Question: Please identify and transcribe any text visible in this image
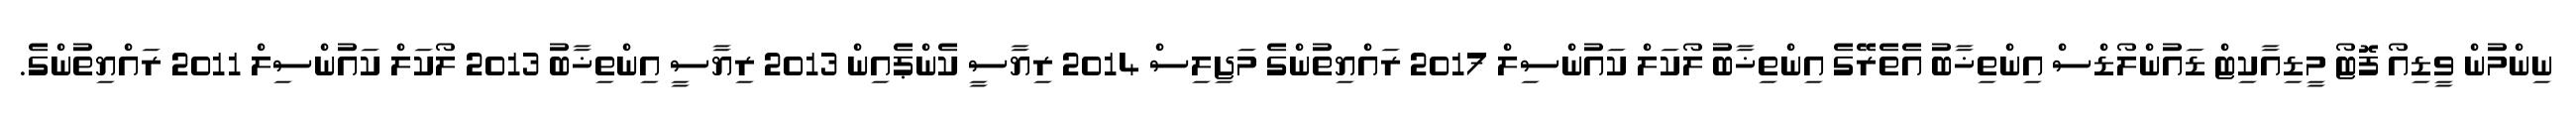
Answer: ނިންމުން ވީޑިއޯ ފޮޓޯ މީޑިއާކިޓް ޑައުންލޯޑްސް އިންތިޚާބު އެތެރޭގެ އިންތިޚާބު ލޯކަލް ކައުންސިލް 2017 ރައްޔިތުންގެ މަޖިލިސް 2014 ރިޔާސީ ކެންޕެއިން 2013 ރިޔާސީ އިންތިޚާބު 2013 ލޯކަލް ކައުންސިލް 2011 ރައްޔިތުންގެ.